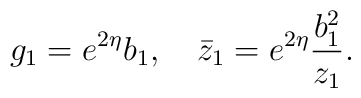
g_1=e^{2 \eta} b_1, ~~~ \bar{z}_1=e^{2 \eta} \frac{ b_1^2}{z_1}.